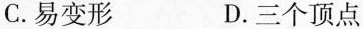
C. 易变形 D. 三个顶点